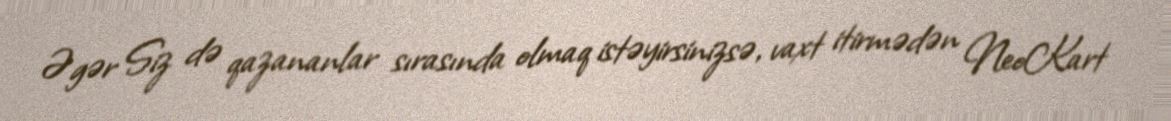
Əgər Siz də qazananlar sırasında olmaq istəyirsinizsə, vaxt itirmədən NeoKart